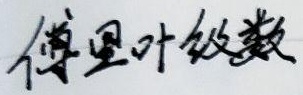
傅里叶级数